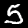
Label: 5